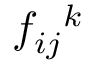
f _ { i j } { } ^ { k }